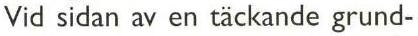
Vid sidan av en täckande grund-